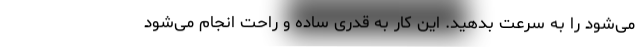
می‌شود را به سرعت بدهید. این کار به قدری ساده و راحت انجام می‌شود